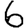
Digit: 6